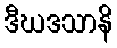
ဒီဃဒသာနိ